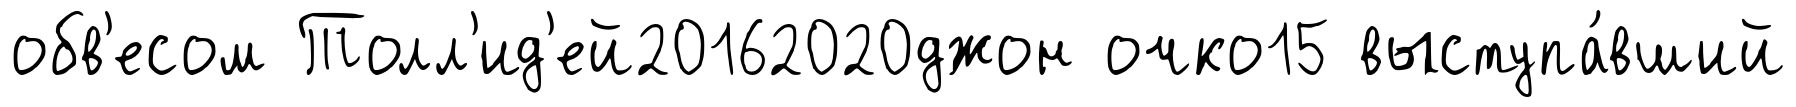
обв'есом Толл'ид'ей20162020джон очко15 выступа́вший